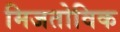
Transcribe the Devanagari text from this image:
मिजतोविक